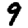
Digit: 9